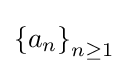
\left\{a_{n}\right\}_{n\geq 1}